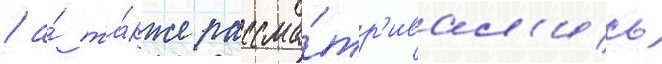
/ а́ та́кже рассма́тр'ивал'ись